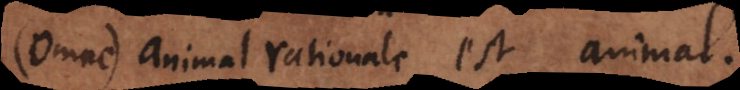
(Omne) animal rationale est rationale.